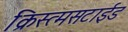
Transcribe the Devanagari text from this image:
क्रिस्त्मसटाईड